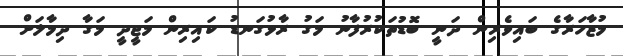
މުޒާހަރާގެ ބައިވެރިން ދަނީ ބޮޑުތަކުރުފާނު މަގު ރާޅުގަނޑު ކައިރިން މަޖީދީ މަގާ ދިމާލަށް